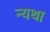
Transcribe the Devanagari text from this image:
न्यथा